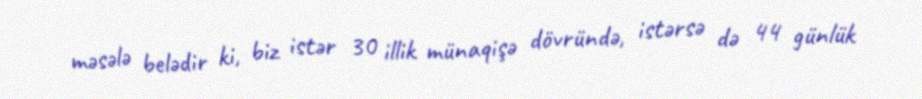
məsələ belədir ki, biz istər 30 illik münaqişə dövründə, istərsə də 44 günlük